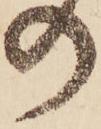
の